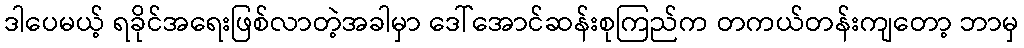
ဒါပေမယ့် ရခိုင်အရေးဖြစ်လာတဲ့အခါမှာ ဒေါ်အောင်ဆန်းစုကြည်က တကယ်တန်းကျတော့ ဘာမှ